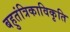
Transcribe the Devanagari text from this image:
बहुतंत्रिकाविकृति